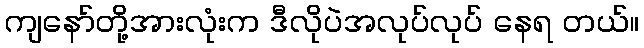
ကျနော်တို့အားလုံးက ဒီလိုပဲအလုပ်လုပ် နေရ တယ်။